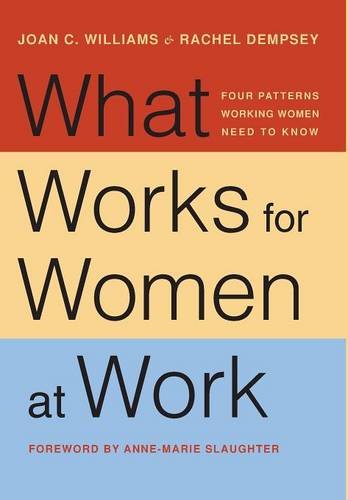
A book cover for What Works for Women at Work: Four Patterns Working Women Need to Know; Joan C. Williams; Business & Money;